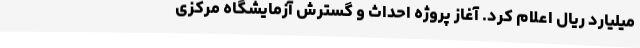
میلیارد ریال اعلام کرد. آغاز پروژه احداث و گسترش آزمایشگاه مرکزی